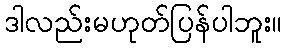
ဒါလည်းမဟုတ်ပြန်ပါဘူး။